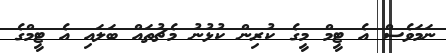
ނަމަވެސް އެ ޓީމް މީގެ ކުރިން ކުޅުނު މެޗުތައް ބަލައި އެ ޓީމްގެ